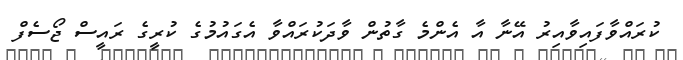
ކުރައްވާފައިވާއިރު އޭނާ އާ އެންމެ ގާތުން ވާދަކުރައްވާ އެގައުމުގެ ކުރީގެ ރައީސް ޖޯސެފް